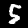
Label: 5